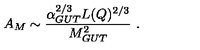
A _ { M } \sim { \frac { \alpha _ { G U T } ^ { 2 / 3 } L ( Q ) ^ { 2 / 3 } } { M _ { G U T } ^ { 2 } } } \ .